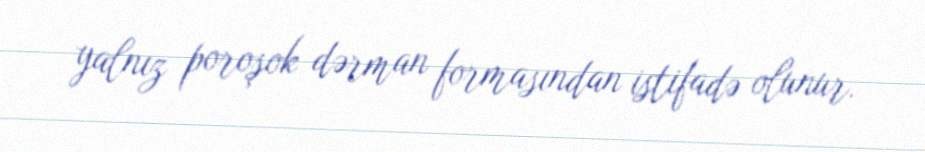
yalnız poroşok dərman formasından istifadə olunur.